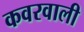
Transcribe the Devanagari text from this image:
कवरवाली